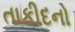
તાકીદનો